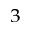
^ 3